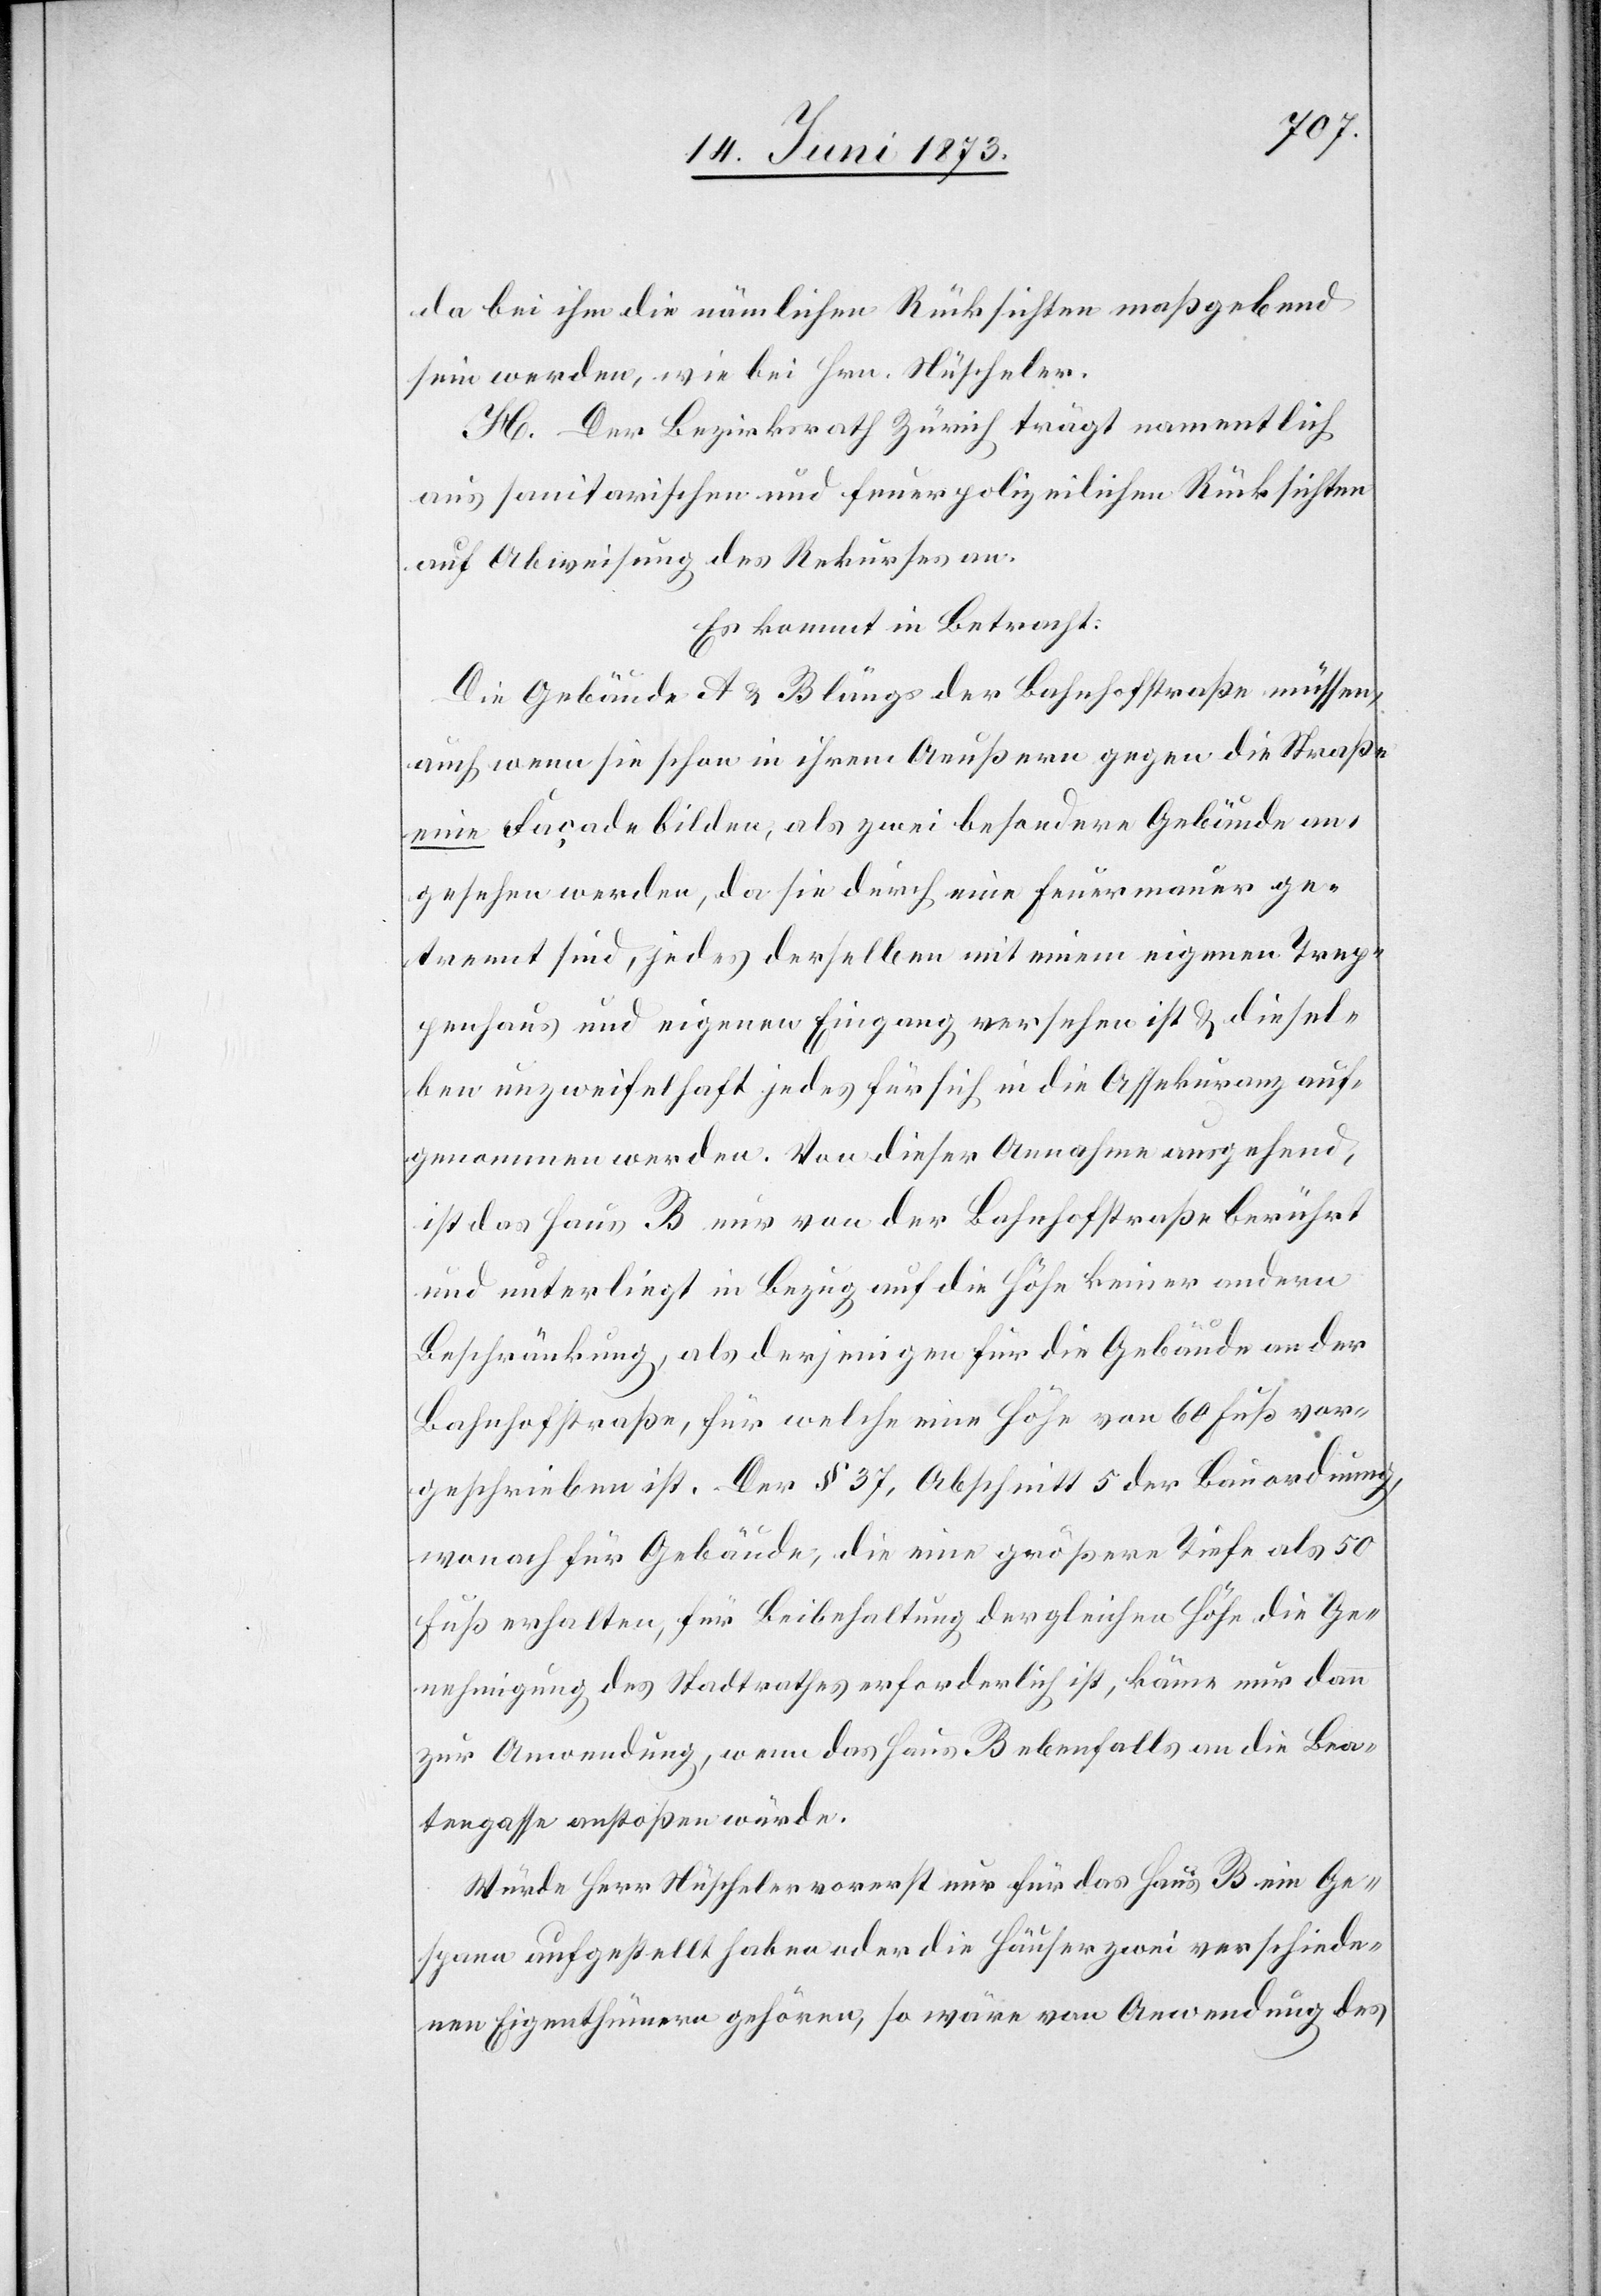
da bei ihm die nämlichen Rücksichten maßgebend
sein werden, wie bei Hrn. Nüscheler.
H. Der Bezirksrath Zürich trägt namentlich
aus sanitarischen und feuerpolizeilichen Rücksichten
auf Abweisung des Rekurses an.
Es kommt in Betracht:
Die Gebäude A & B längs der Bahnhofstraße müssen,
auch wenn sie schon in ihrem Aeußern gegen die Straße
eine Façade bilden, als zwei besondere Gebäude an¬
gesehen werden, da sie durch eine Feuermauer ge¬
trennt sind, jedes derselben mit einem eigenen Trep¬
penhaus und eigenen Eingang versehen ist & diesel¬
ben unzweifelhaft jedes für sich in die Assekuranz auf¬
genommen werden. Von dieser Annahme ausgehend,
ist das Haus B nur von der Bahnhofstraße berührt
und unterliegt in Bezug auf die Höhe keiner andern
Beschränkung, als derjenigen für die Gebäude an der
Bahnhofstraße, für welche eine Höhe von 60 Fuß vor¬
geschrieben ist. Der § 37, Abschnitt 5 der Bauordnung,
wonach für Gebäude, die eine größere Tiefe als 50
Fuß erhalten, für Beibehaltung der gleichen Höhe die Ge¬
nehmigung des Stadtrathes erforderlich ist, käme nur dann
zur Anwendung, wenn das Haus B ebenfalls an die Bea¬
tengasse anstoßen würde.
Würde Herr Nüscheler vorerst nur für das Haus B ein Ge¬
spann aufgestellt haben oder die Häuser zwei verschiede¬
nen Eigenthümern gehören, so wäre von Anwendung des